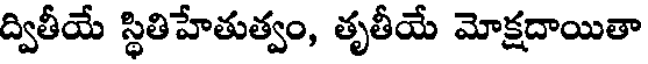
ద్వితీయే స్థితిహేతుత్వం, తృతీయే మోక్షదాయితా